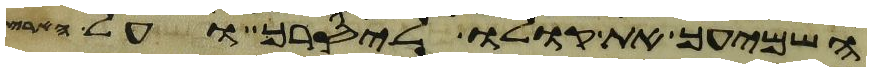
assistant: השמיעך את קולו ליסרך ועל הארץ